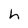
Character: h